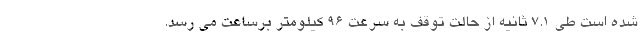
شده است طی 7.1 ثانیه از حالت توقف به سرعت 96 کیلومتر برساعت می رسد.